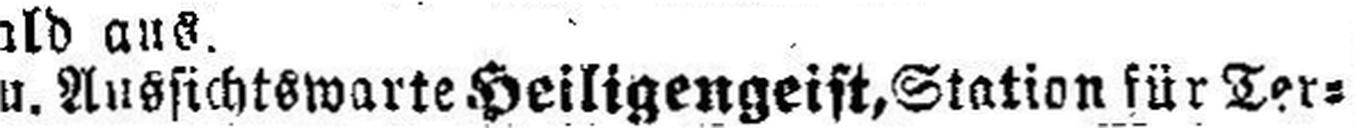
u. Aussichtswarte Heiligengeist, Station für Ter¬